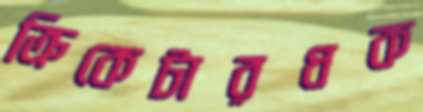
ক্রিকেটারধক